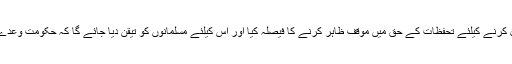
بتایا جاتاہے کہ پارٹی نے مسلمانوں کی تائید حاصل کرنے کیلئے تحفظات کے حق میں موقف ظاہر کرنے کا فیصلہ کیا اور اس کیلئے مسلمانوں کو تیقن دیا جائے گا کہ حکومت وعدے کی تکمیل کیلئے سنجیدگی سے اقدامات کرے گی۔